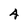
Character: 4